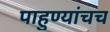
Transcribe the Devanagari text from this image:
पाहुण्यांचच